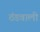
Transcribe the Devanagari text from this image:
ठंडवाली